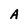
Character: A